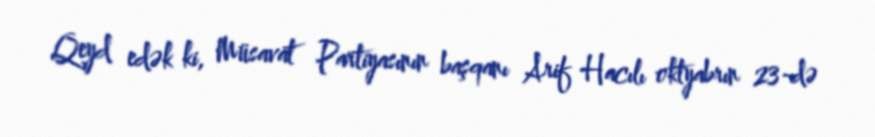
Qeyd edək ki, Müsavat Partiyasının başqanı Arif Hacılı oktyabrın 23-də